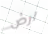
ارض